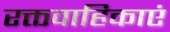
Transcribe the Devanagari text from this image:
रक्तवाहिकाएं